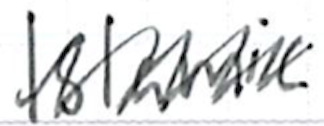
Text: Islamic
Cross-out: zig-zag
Writing tool: ballpoint